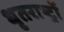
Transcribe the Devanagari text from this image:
धृतराष्ट्रों